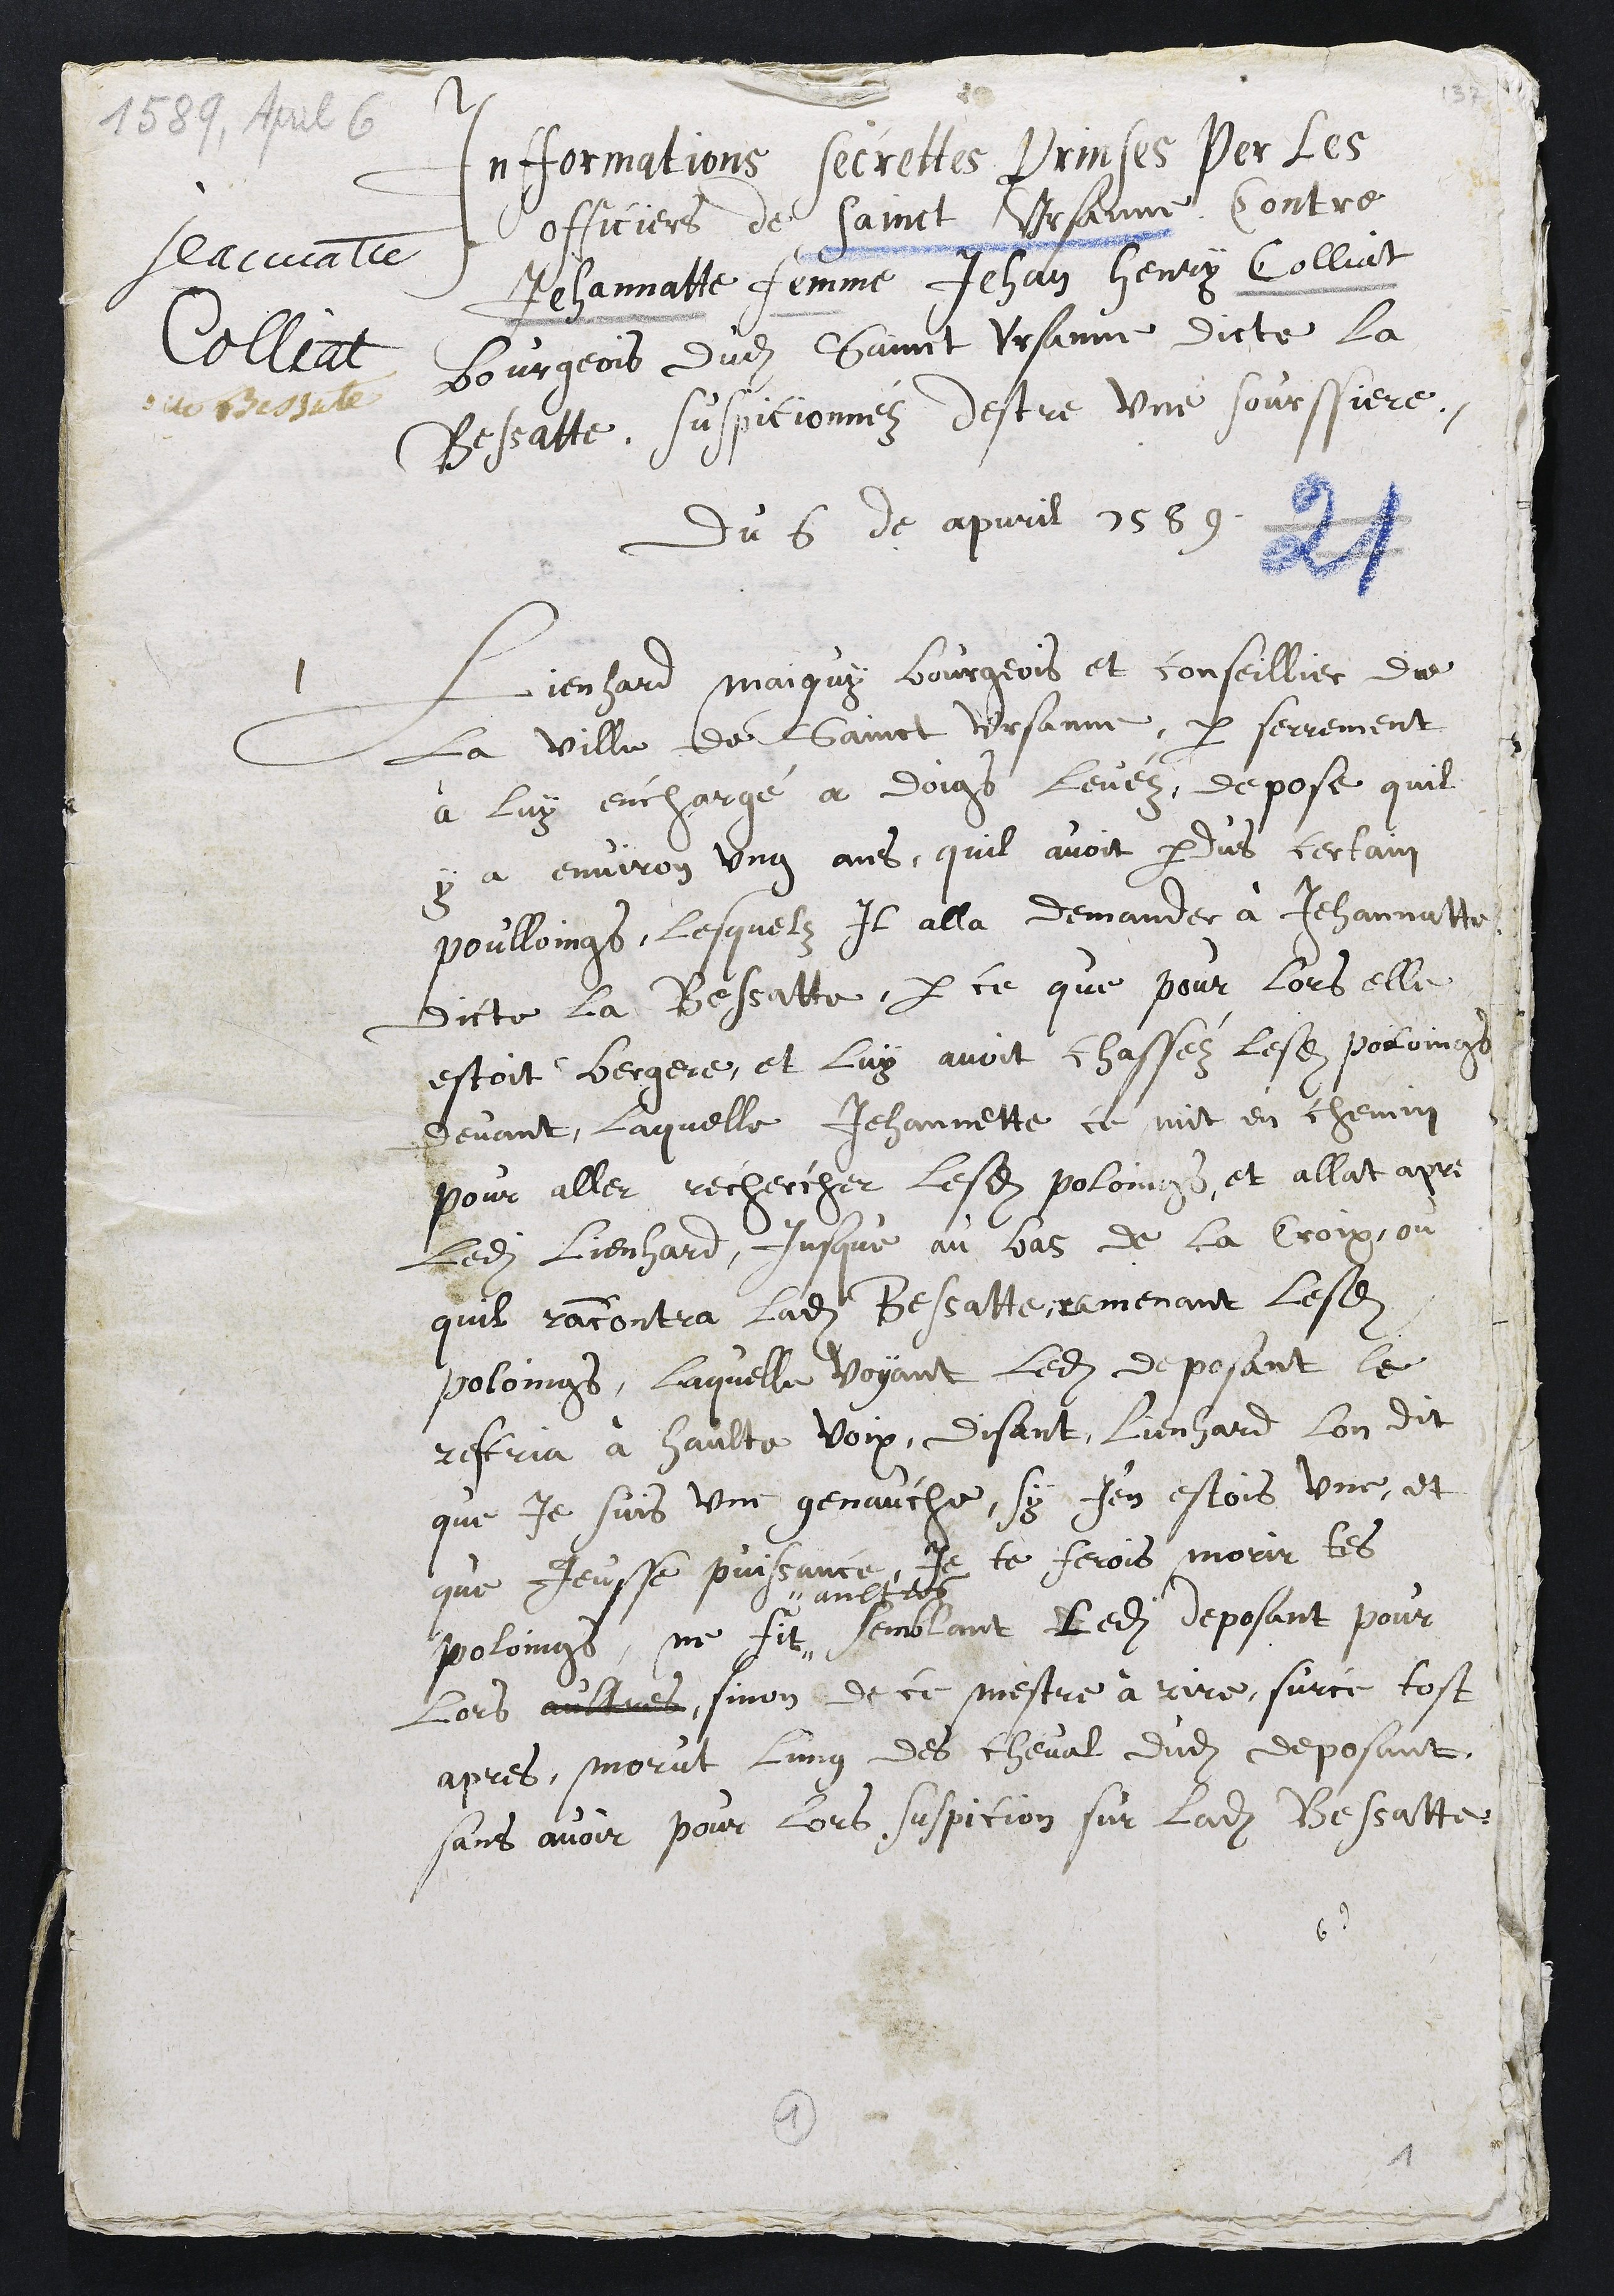
Jeannatte
Colliat
dite Bessate
Informations secrètes prises par les
officiers de Saint-Ursanne contre
Jeannette, femme de Jean Henri Colliat,
bourgeois dudit Saint-Ursanne, dite la
Bessatte, suspectée d'être une sorcière,
du 6 avril 1589
l. Lienhard Maigui, bourgeois e-t conseiller de
la ville de Saint-Ursanne, par serment
à lui enchargé à doigts levés, dépose qu'il
y a environ un an qu'il avait perdu certains
poulains, lesquels il alla demander à Jeannette,
dite la Bessatte, parce que pour lors elle
était bergère, et lui avait chassé lesdits poulains
devant, laquelle Jeannette se mit en chemin
pour aller rechercher lesdits poulains, et alla après
ledit Lienhard, jusque au bas de la Croix où
il rencontra ladite Bessatte ramenant lesdits
poulains. Laquelle voyant ledit deposant le
rescria à haulte voix, disant, Lienhard lon dit
que je suis une genauche. Si j'en étais une, et
que j'Busse puissance, je te ferais nnourir tes
poulains. Ne fit"
"aultre
semblant ledit deposant pour
lors, sinon de se mettre à rire. Sur ce tôt
après, mourut l'un des chevaux dudit déposant
sans avoir pour lors suspicion sur ladite Bessatte,
????